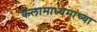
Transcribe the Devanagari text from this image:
कलामाध्यमांच्या